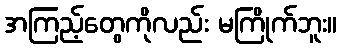
အကြည့်တွေကိုလည်း မကြိုက်ဘူး။